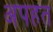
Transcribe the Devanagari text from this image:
अपहत